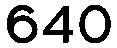
640